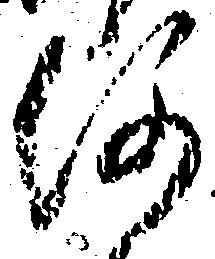
何